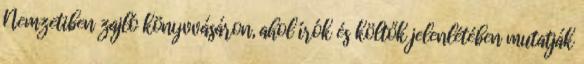
Nemzetiben zajló könyvvásáron, ahol írók és költők jelenlétében mutatják